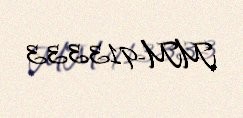
MM-913333